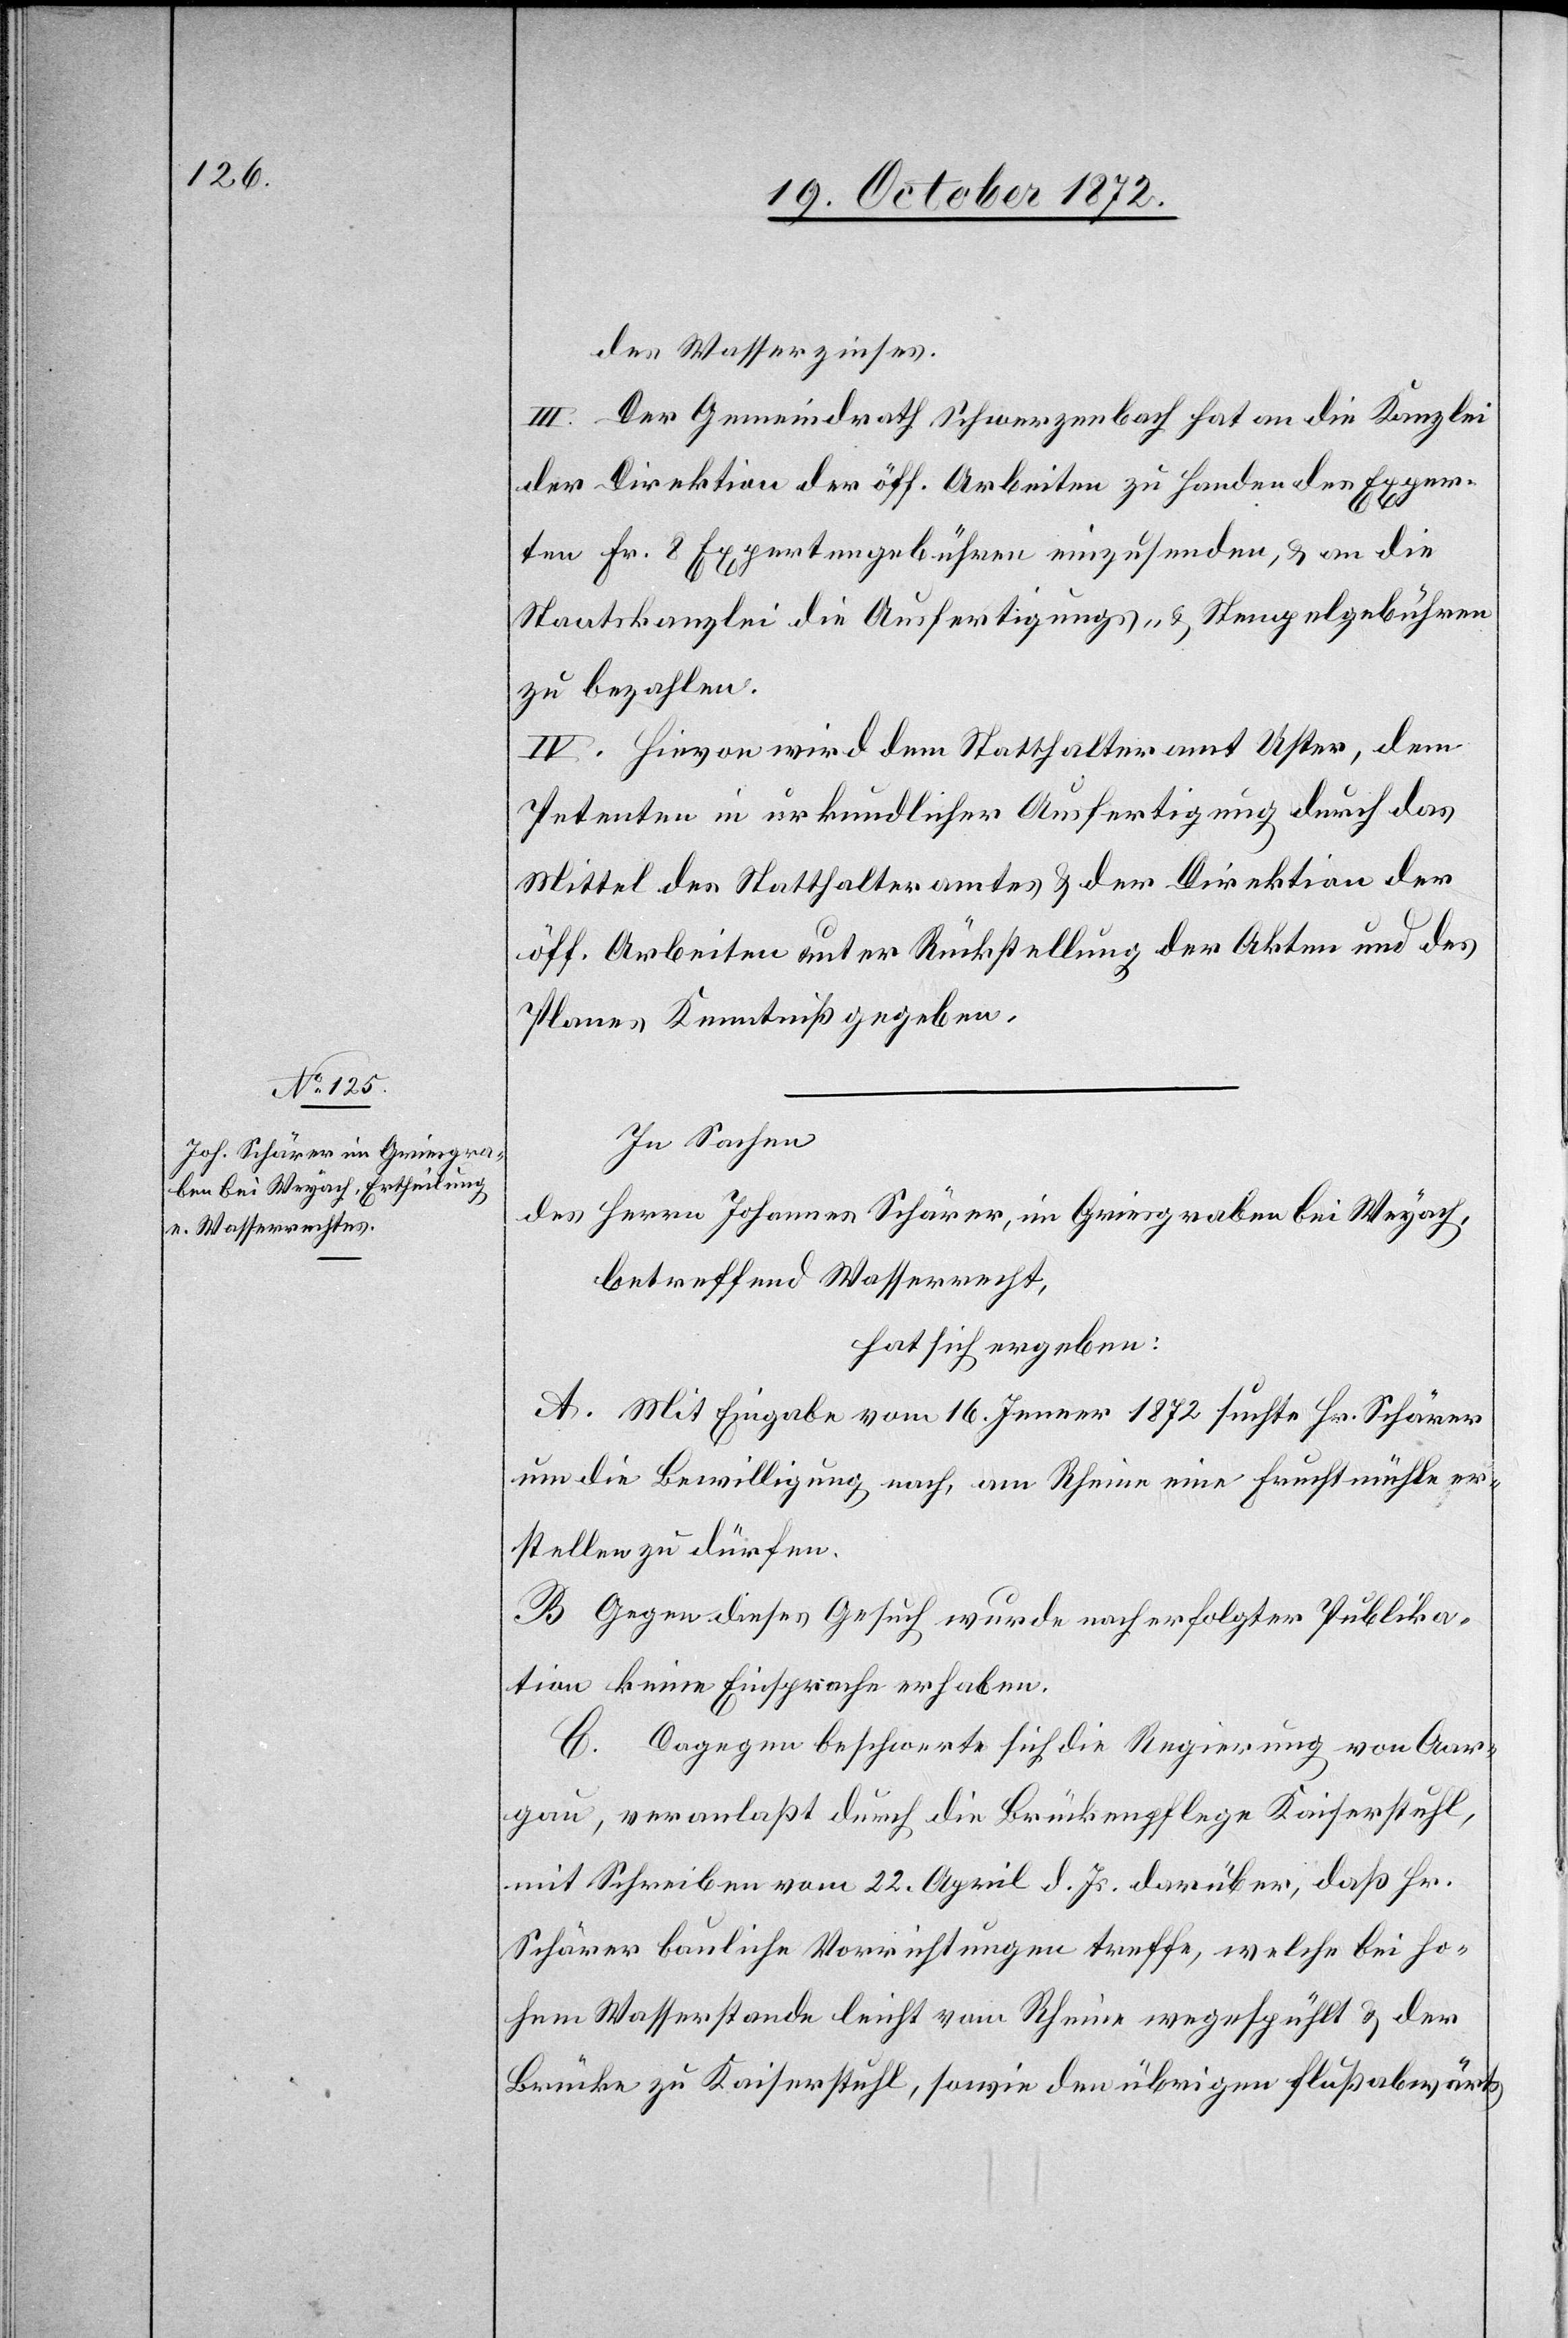
des Wasserzinses.
III. Der Gemeindrath Schwerzenbach hat an die Kanzlei
der Direktion der öff. Arbeiten zu Handen des Exper¬
ten Fr. 8 Expertengebühren einzusenden, u. an die
Staatskanzlei die Ausfertigungs- u. Stempelgebühren
zu bezahlen.
IV. Hievon wird dem Statthalteramt Uster, dem
Petenten in urkundlicher Ausfertigung durch das
Mittel des Statthalteramtes u. der Direktion der
öff. Arbeiten unter Rückstellung der Akten und des
Planes Kenntniß gegeben.
In Sachen
des Herrn Johannes Schärer, im Griesgraben bei Weyach,
betreffend Wasserrecht,
hat sich ergeben:
A. Mit Eingabe vom 16. Jenner 1872 suchte Hr. Schärer
um die Bewilligung nach, am Rheine eine Fruchtmühle er¬
stellen zu dürfen.
B. Gegen dieses Gesuch wurde nach erfolgter Publika¬
tion keine Einsprache erhoben.
C. Dagegen beschwerte sich die Regierung von Aar¬
gau, veranlaßt durch die Brückenpflege Kaiserstuhl,
mit Schreiben vom 22. April d. Js. darüber, daß Hr.
Schärer bauliche Vorrichtungen treffe, welche bei ho¬
hem Wasserstande leicht vom Rheine weggespühlt u. der
Brücke zu Kaiserstuhl, sowie den übrigen flußabwärts